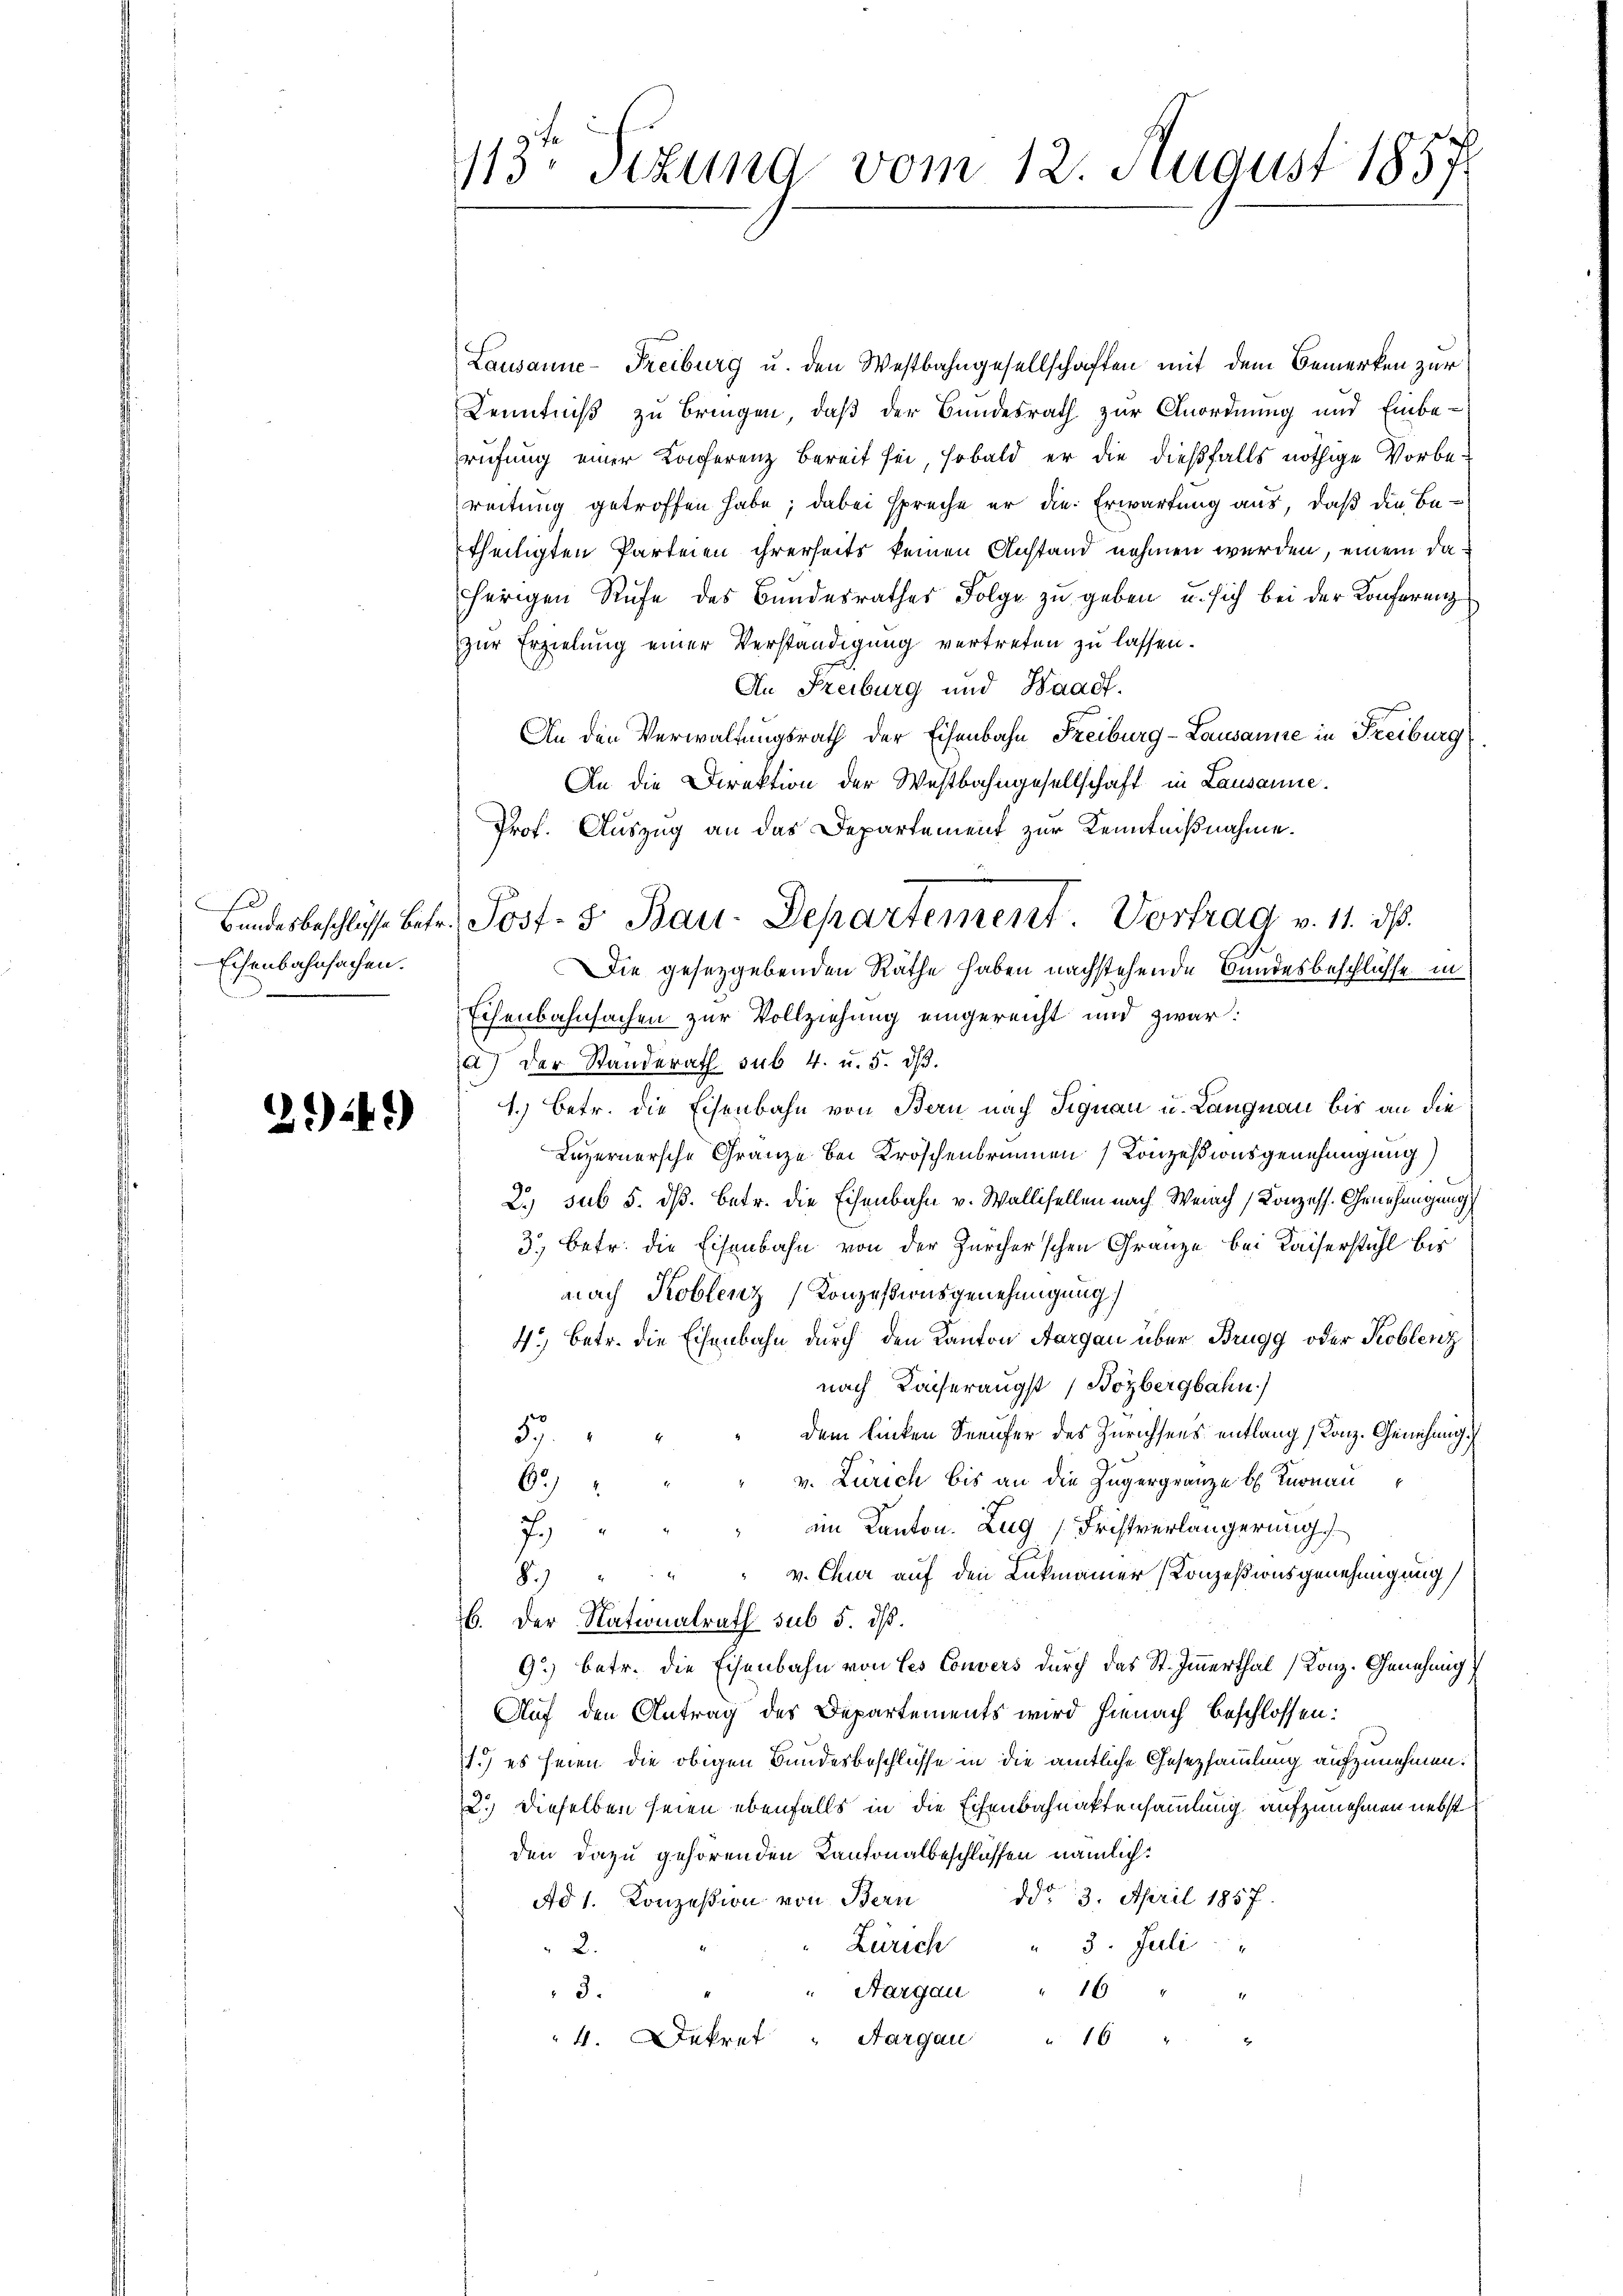
f
Eisenbahnsachen.

2149)

113. Sizung vom 12. August 1857

Lausanne-Freiburg u. den Westbahngesellschaften mit dem Bemerken zur
Kenntniß zu bringen, daß der Bundesrath zur Anordnung und Einbe-
rufung einer Konferenz bereit sei, sobald er die dießfalls nöthige Vorbereitung getroffen habe; dabei spreche er die Erwartung aus, daß die Betheiligten Parteien ihrerseits keinen Anstand nehmen werden, einem daherigen Rufe des Bundesrathes Folge zu geben u. sich bei der Konferenz
zur Erzielung einer Verständigung vertreten zu lassen.
An Freiburg und Waadt.
An den Verwaltungsrath der Eisenbahn Freiburg-Lausanne in Freiburg
An die Direktion der Westbahngesellschaft in Lausanne.
Prof. Auszug an das Departement zur Kenntnißnahme.
Die gesetzgebenden Räthe haben nachstehende Bundesbeschlüsse in
Eisenbahnsachen zur Vollziehung eingereicht und zwar:
a) der Standerath sub. 4. u. 5. ds.
1.) Betr. die Eisenbahn von Bern nach Signau u. Langnau bis an die
Luzernersche Gränze bei Kröschenbrunnen Konzessionsgenehmigung)
2.) sub 5. dß. betr. die Eisenbahn v. Wallisellen nach Weiach Konzess. Genehmigung
3.) Betr. die Eisenbahn von der Zürcherschen Gränze bei Kaiserstuhl bis
nach Koblenz Konzessionsgenehmigung)
4.) Betr. die Eisenbahn durch den Kanton Aargau über Brugg oder Koblenz
nach Kaiseraugst Bozbergbahn
dem linken Seeufer des Zürichsens entlang, Kanz. Genehmigu
57.
v. Zürich bis an die Zugergränze b Knonau
6
im Kanton. Zug Fristverlängerung
7
8.) " " " v. Chur auf den Lukmanner Konzesionsgenehmigung
t
6. Der Nationalrath sub 5. dβ.
9.) betr. die Eisenbahn von Les Convers durch das St. Immerthal (Konz. Genehmig
Auf den Antrag des Departements wird hienach beschlossen:
1.) es seien die obigen Bundesbeschlüsse in die amtliche Gesetzsammlung aufzunehmen.
2.) Dieselben seien ebenfalls in die Echenbahnaktensammlung aufzunehmen nebst
den dazu gehörenden Kantonalbeschlüssen nämlich.
Ad 1. Konzesion von Bern ddo 3. April 1857.
Zürich " 3. Juli
2.
3.
" Aargau " 16 "
4. Dekret " Aargau " 16 "

bandesbeschlüsse betr. Post- & Bau-Departement. Vortrag v. 11. ds.